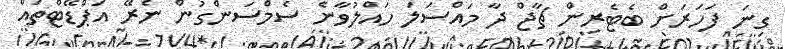
ގިނަ ފަހަރަށް ބެޓެރިން ޗާޖް ދާ މައްސަލަ ހައްލުވާނެ ސެމްސަންގުން ނެރޭ އަޕްޑޭޓްތައް